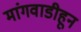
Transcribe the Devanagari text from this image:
मांगवाडीहून